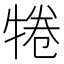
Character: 犈